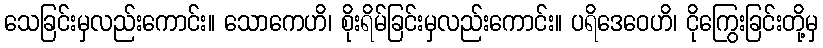
သေခြင်းမှလည်းကောင်း။ သောကေဟိ၊ စိုးရိမ်ခြင်းမှလည်းကောင်း။ ပရိဒေဝေဟိ၊ ငိုကြွေးခြင်းတို့မှ